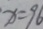
x = 9 6